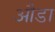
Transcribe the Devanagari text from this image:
औडा